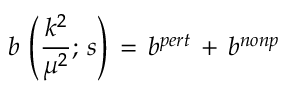
b \, \left( \frac { k ^ { 2 } } { \mu ^ { 2 } } ; \, s \right) \, = \, b ^ { p e r t } \, + \, b ^ { n o n p }